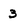
Character: 3